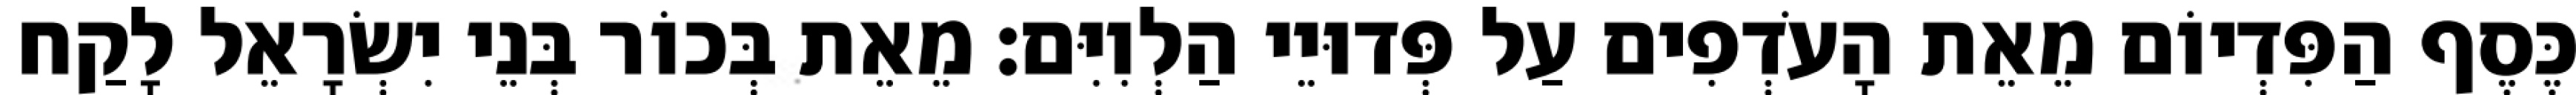
כֶּסֶף הַפִּדְיוֹם מֵאֵת הָעֹדְפִים עַל פְּדוּיֵי הַלְוִיִּם׃ מֵאֵת בְּכוֹר בְּנֵי יִשְׂרָאֵל לָקַח